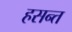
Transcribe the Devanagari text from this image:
हसन्त